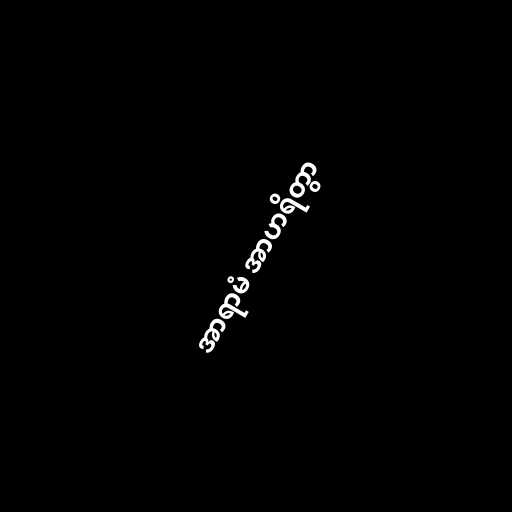
အာရာမံ အာဟရိတွာ